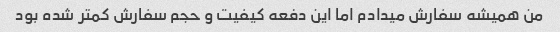
من همیشه سفارش میدادم اما این دفعه کیفیت و حجم سفارش کمتر شده بود